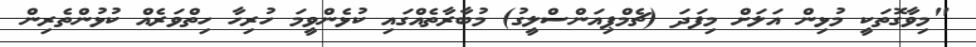
"މިވާގޮތަކީ މުޅިން އަލަށް މިފަދަ (ޗެމްޕިއަންސްލީގު) މުބާރާތެއްގައި ކުޅެންވީމަ ހުރިހާ ހިތްވަރެއް ކުޅުންތެރިން